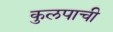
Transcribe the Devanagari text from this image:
कुलपाची